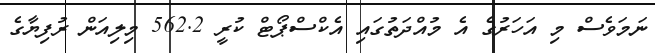
ނަމަވެސް މި އަހަރުގެ އެ މުއްދަތުގައި އެކްސްޕޯޓް ކުރީ 562.2 މިލިއަން ރުފިޔާގެ